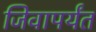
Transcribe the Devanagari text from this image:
जिवापर्यंत